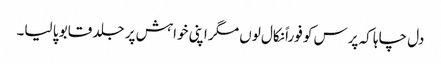
دل چاہا کہ پرس کو فوراً نکال لوں مگر اپنی خواہش پر جلد قابو پا لیا۔